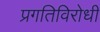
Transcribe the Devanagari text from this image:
प्रगतिविरोधी